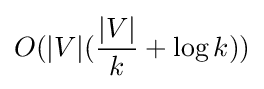
O(|V|({\frac {|V|}{k}}+\log k))